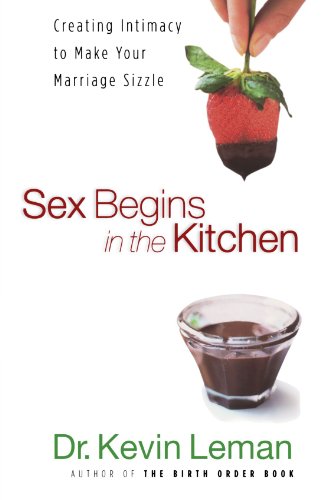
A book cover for Sex Begins in the Kitchen: Creating Intimacy to Make Your Marriage Sizzle; Dr. Kevin Leman; Health, Fitness & Dieting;